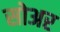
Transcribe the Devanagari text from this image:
सोअर